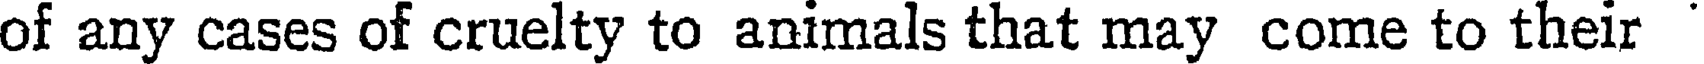
of any cases of cruelty to animals that may come to their